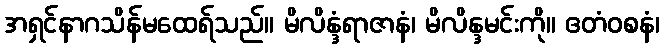
အရှင်နာဂသိန်မထေရ်သည်။ မိလိန္ဒံရာဇာနံ၊ မိလိန္ဒမင်းကို။ ဧတံဝစနံ၊